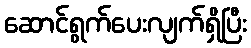
ဆောင်ရွက်ပေးလျက်ရှိပြီး